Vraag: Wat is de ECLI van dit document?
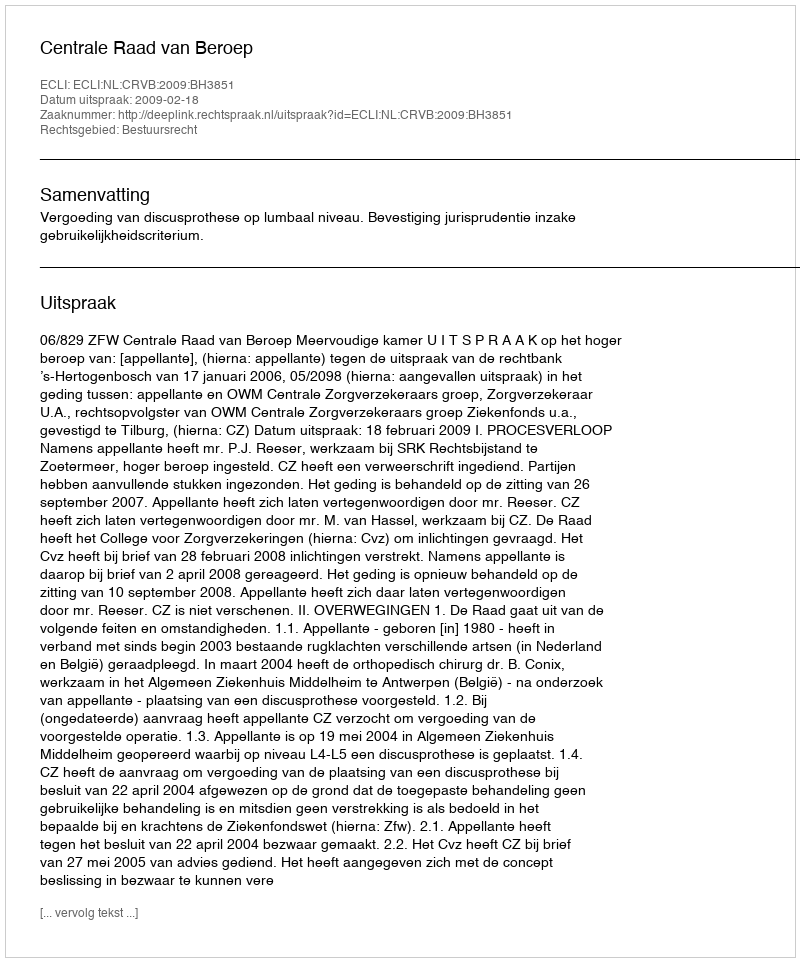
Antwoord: ECLI:NL:CRVB:2009:BH3851